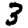
Digit: 3